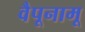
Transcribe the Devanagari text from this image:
वैपूनामू